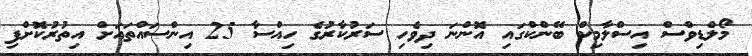
މޯލްޑިވްސް އިސްލާމިކް ބޭންކްގައި އޮންނަ ދިވެހި ސަރުކާރުގެ ހިއްސާ 25 އިންސައްތައަށް އިތުރުކޮށްފި